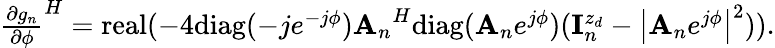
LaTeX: \begin{array}{r}{{\frac{\partial g_{n}}{\partial\phi}}^{H}=\mathrm{real}(-4\mathrm{diag}(-je^{-j\phi}){{\mathbf A}_{n}}^{H}\mathrm{diag}({{\mathbf A}_{n}}e^{j\phi})({\mathbf{I}}_{n}^{z_{d}}-\left|{{\mathbf A}_{n}}e^{j\phi}\right|^{2})).}\end{array}